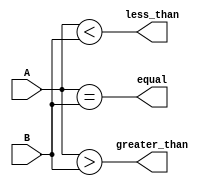
module eight_bit_comparator (
    input [7:0] A,
    input [7:0] B,
    output equal,
    output greater_than,
    output less_than
);

assign equal = (A == B);
assign greater_than = (A > B);
assign less_than = (A < B);

endmodule